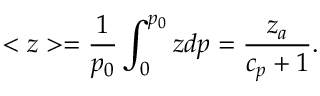
< z > = { \frac { 1 } { p _ { 0 } } } \int _ { 0 } ^ { p _ { 0 } } z d p = { \frac { z _ { a } } { c _ { p } + 1 } } .